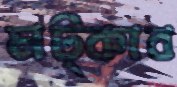
মট্‌কাব